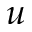
u